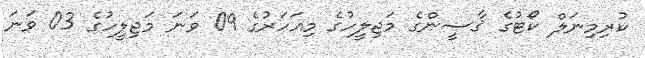
ކުރިމިނަލް ކޯޓުގެ ޤާޟީންގެ މަޖިލީހުގެ މިއަހަރުގެ 09 ވަނަ މަޖިލީހުގެ 03 ވަނަ